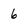
Character: 6